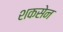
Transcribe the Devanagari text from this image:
शकसेन